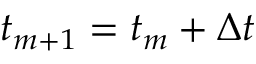
t _ { m + 1 } = t _ { m } + \Delta t